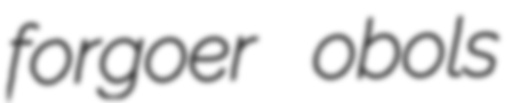
forgoer obols